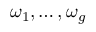
\omega _ { 1 } , \ldots , \omega _ { g }